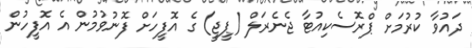
ދައުވާ ކުރުމަށް ޕްރޮސެކިއުޓާ ޖެނެރަލް (ޕީޖީ) ގެ އޮފީހަށް ފޮނުވުމުން އެ އޮފީހުން